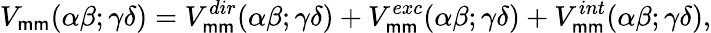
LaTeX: V_{\mathsf{m}\mathsf{m}}(\alpha\beta;\gamma\delta)=V_{\mathsf{m}\mathsf{m}}^{dir}(\alpha\beta;\gamma\delta)+V_{\mathsf{m}\mathsf{m}}^{exc}(\alpha\beta;\gamma\delta)+V_{\mathsf{m}\mathsf{m}}^{int}(\alpha\beta;\gamma\delta),